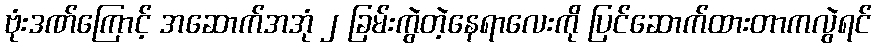
ဗုံးဒဏ်ကြောင့် အဆောက်အအုံ ၂ ခြမ်းကွဲတဲ့နေရာလေးကို ပြင်ဆောက်ထားတာကလွဲရင်